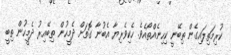
ކުރިމަތިލައިގެން ތިބޭނީ ކިހިނެއްތޯއެވެ. ހެކިވެރިޔާ އެބުނާ ގޮތަށް ދެމީހުން ތިބޭއިރު ދެމީހުން ތިބީ